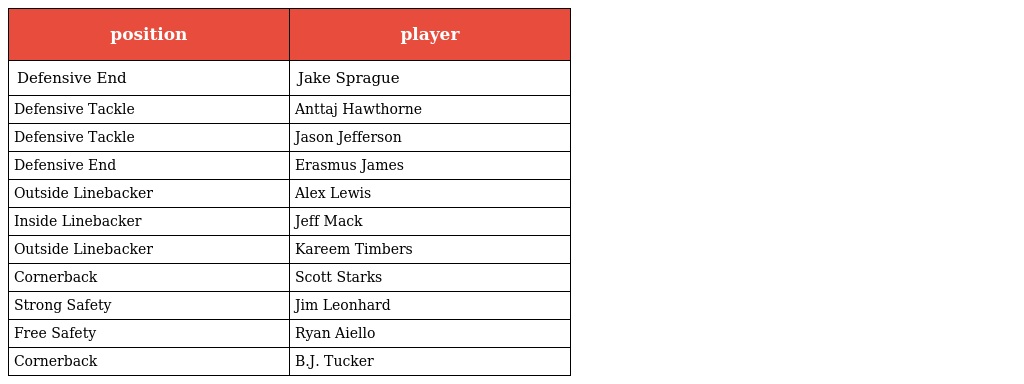
| position | player |
 | --- | --- |
 | Defensive End | Jake Sprague |
 | Defensive Tackle | Anttaj Hawthorne |
 | Defensive Tackle | Jason Jefferson |
 | Defensive End | Erasmus James |
 | Outside Linebacker | Alex Lewis |
 | Inside Linebacker | Jeff Mack |
 | Outside Linebacker | Kareem Timbers |
 | Cornerback | Scott Starks |
 | Strong Safety | Jim Leonhard |
 | Free Safety | Ryan Aiello |
 | Cornerback | B.J. Tucker |